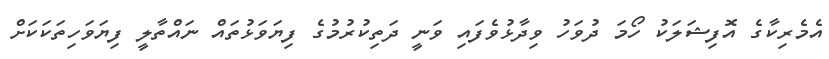
އެެމެރިކާގެ އޮފިޝަލަކު ހޯމަަ ދުވަހު ވިދާޅުވެފައި ވަނީ ދަތިކުރުމުގެ ފިޔަވަޅުތައް ނައްތާލީ ފިޔަވަހިތަކަކަށް